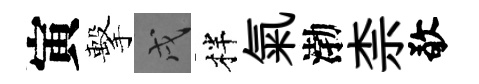
寅擊戌柈氣渤柰敬